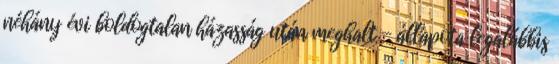
néhány évi boldogtalan házasság után meghalt - állapota legalábbis